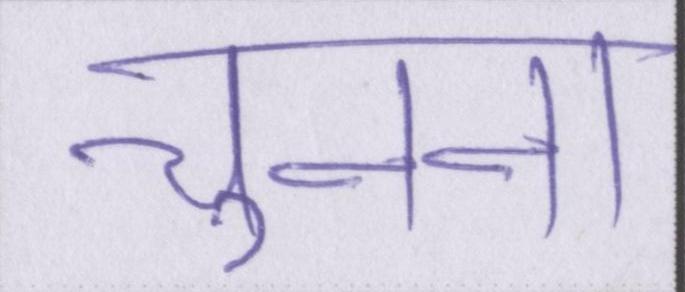
चुनना